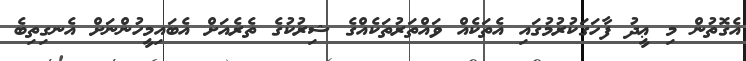
އެގޮތުން މި ޢީދު ފާހަގަކުރުމުގައި އެތަކެއް ވައްތަރުތަކެއްގެ ޝިރުކުގެ ތެރެއަށް އެބައިމީހުންނަށް އެނގިތިބެ